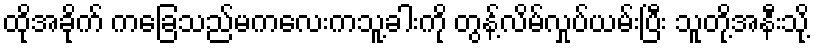
ထိုအခိုက် ကခြေသည်မကလေးကသူ့ခါးကို တွန့်လိမ်လှုပ်ယမ်းပြီး သူတို့အနီးသို့